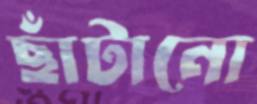
ছাঁটানো